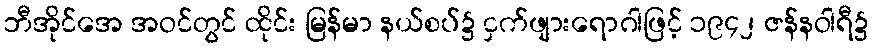
ဘီအိုင်အေ အဝင်တွင် ထိုင်း မြန်မာ နယ်စပ်၌ ငှက်ဖျားရောဂါဖြင့် ၁၉၄၂ ဇန်နဝါရီ၌